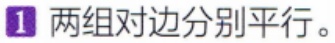
1 两组对边分别平行。